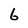
Character: 6